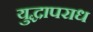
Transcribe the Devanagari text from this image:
युद्धापराध